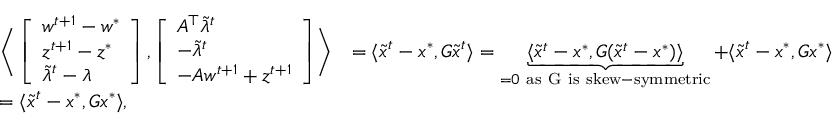
\begin{array} { r l r } & { \Biggr \langle \left[ \begin{array} { l } { w ^ { t + 1 } - w ^ { * } } \\ { z ^ { t + 1 } - z ^ { * } } \\ { \tilde { \lambda } ^ { t } - \lambda } \end{array} \right] , \left[ \begin{array} { l } { A ^ { \top } \tilde { \lambda } ^ { t } } \\ { - \tilde { \lambda } ^ { t } } \\ { - A w ^ { t + 1 } + z ^ { t + 1 } } \end{array} \right] \Biggr \rangle } & { = \langle \tilde { x } ^ { t } - x ^ { * } , G \tilde { x } ^ { t } \rangle = \underbrace { \langle \tilde { x } ^ { t } - x ^ { * } , G ( \tilde { x } ^ { t } - x ^ { * } ) \rangle } _ { = 0 \mathrm { ~ a s ~ G ~ i s ~ s k e w - s y m m e t r i c } } + \langle \tilde { x } ^ { t } - x ^ { * } , G x ^ { * } \rangle } \\ & { = \langle \tilde { x } ^ { t } - x ^ { * } , G x ^ { * } \rangle , } \end{array}